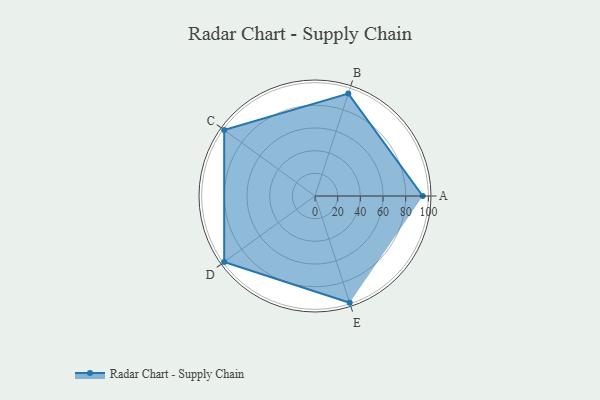
{"axis": {"x": "Skill", "y": "Score"}, "legend": ["Profile"], "data": [{"x": "A", "y": 95.0, "type": "Profile"}, {"x": "B", "y": 95.0, "type": "Profile"}, {"x": "C", "y": 99.0, "type": "Profile"}, {"x": "D", "y": 99, "type": "Profile"}, {"x": "E", "y": 99, "type": "Profile"}]}